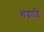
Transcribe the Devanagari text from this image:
चंद्रादि